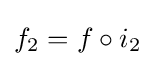
f_{2}=f\circ i_{2}